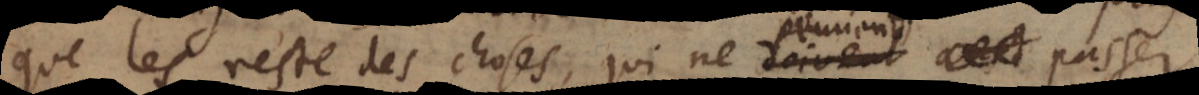
que le reste des choses, qui ne doivent passer